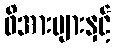
ဖိအားများနှင့်